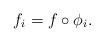
LaTeX: \begin{align*}f_{i}=f\circ\phi_{i}.\end{align*}